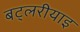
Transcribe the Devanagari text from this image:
बट्लरीयाइ